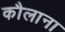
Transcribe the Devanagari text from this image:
कौलाना